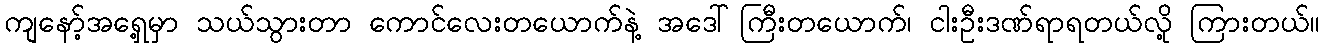
ကျနော့်အရှေ့မှာ သယ်သွားတာ ကောင်လေးတယောက်နဲ့ အဒေါ်ကြီးတယောက်၊ ငါးဦးဒဏ်ရာရတယ်လို့ ကြားတယ်။